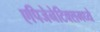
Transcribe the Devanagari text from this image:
एपिजेनेटिक्समध्ये